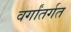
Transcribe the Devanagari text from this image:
वर्गांतर्गत